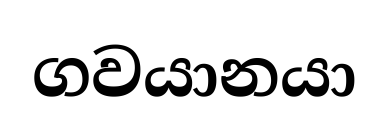
ගවයානයා